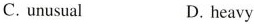
C.unusual D.heavy